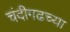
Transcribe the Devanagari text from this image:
चंदीगढच्या